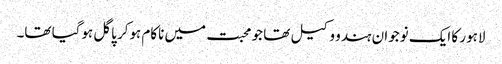
لاہور کا ایک نوجوان ہندو وکیل تھا جو محبت میں ناکام ہوکر پاگل ہوگیا تھا۔